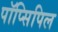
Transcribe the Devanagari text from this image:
पॉप्सिपिल